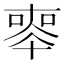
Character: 𠦵